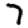
Digit: 7